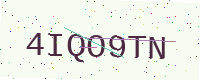
Text: 4IQO9TN